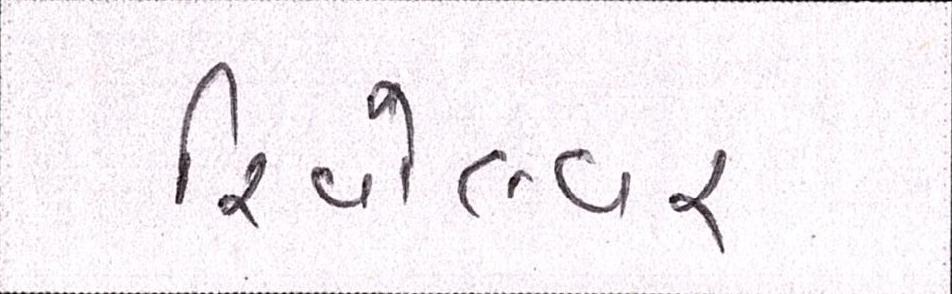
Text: રિવૉલ્વર